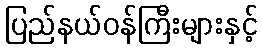
ပြည်နယ်ဝန်ကြီးများနှင့်